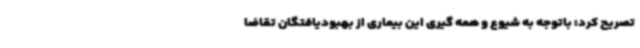
تصریح کرد: باتوجه به شیوع و همه گیری این بیماری از بهبودیافتگان تقاضا